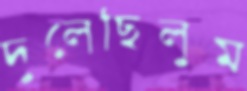
দুলেছিলুম